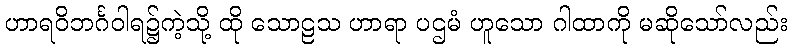
ဟာရဝိဘင်္ဂဝါရ၌ကဲ့သို့ ထို သောဠသ ဟာရာ ပဌမံ ဟူသော ဂါထာကို မဆိုသော်လည်း